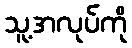
သူ့အလုပ်ကို